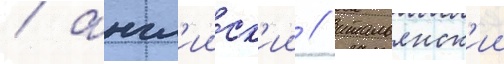
/ англ'ииск'ии / итальянск'ии